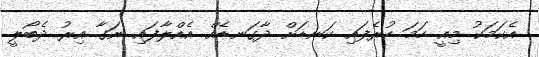
އެކަމަކު މިއީ ހަމަ ހުރެފައި ކަނޑަށް ދާގަނޑެއް އެއްލާފައި ނަގާ އިރު ދެބޯލީ